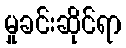
မှုခင်းဆိုင်ရာ